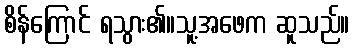
စိန်ကြောင် ရသွား၏။သူ့အဖေက ဆူသည်။